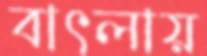
বাৎলায়